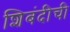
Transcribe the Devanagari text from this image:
शिबंदीची